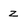
Character: Z